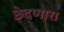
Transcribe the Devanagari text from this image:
छेदणारा